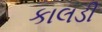
કાલડી